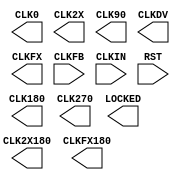
module DCM_BASE (
	CLK0,
	CLK180,
	CLK270,
	CLK2X,
	CLK2X180,
	CLK90,
	CLKDV,
	CLKFX,
	CLKFX180,
	LOCKED,
	CLKFB,
	CLKIN,
	RST
);

parameter real CLKDV_DIVIDE = 2.0;
parameter integer CLKFX_DIVIDE = 1;
parameter integer CLKFX_MULTIPLY = 4;
parameter CLKIN_DIVIDE_BY_2 = "FALSE";
parameter real CLKIN_PERIOD = 10.0;
parameter CLKOUT_PHASE_SHIFT = "NONE";
parameter CLK_FEEDBACK = "1X";
parameter DCM_AUTOCALIBRATION = "TRUE";
parameter DCM_PERFORMANCE_MODE = "MAX_SPEED";
parameter DESKEW_ADJUST = "SYSTEM_SYNCHRONOUS";
parameter DFS_FREQUENCY_MODE = "LOW";
parameter DLL_FREQUENCY_MODE = "LOW";
parameter DUTY_CYCLE_CORRECTION = "TRUE";
parameter FACTORY_JF = 16'hF0F0;
parameter integer PHASE_SHIFT = 0;
parameter STARTUP_WAIT = "FALSE";


output CLK0;
output CLK180;
output CLK270;
output CLK2X180;
output CLK2X;
output CLK90;
output CLKDV;
output CLKFX180;
output CLKFX;
output LOCKED;

input CLKFB;
input CLKIN;
input RST;

wire OPEN_DRDY;
wire OPEN_PSDONE;
wire [15:0] OPEN_DO;

initial
begin
   if (CLKOUT_PHASE_SHIFT != "NONE" && CLKOUT_PHASE_SHIFT != "FIXED")
     begin
     $display(" Attribute Syntax Error :The attribute CLKOUT_PHASE_SHIFT on DCM_BASE instance %m is set to %s.  Legal values for this attribute is NONE or FIXED", CLKOUT_PHASE_SHIFT);
        $finish;
     end

   if (CLK_FEEDBACK != "NONE" && CLK_FEEDBACK != "1X")
        begin
            $display("Attribute Syntax Error : The attribute CLK_FEEDBACK on DCM_BASE instance %m is set to %s.  Legal values for this attribute are NONE or 1X.", CLK_FEEDBACK);
            $finish;
        end

end


endmodule